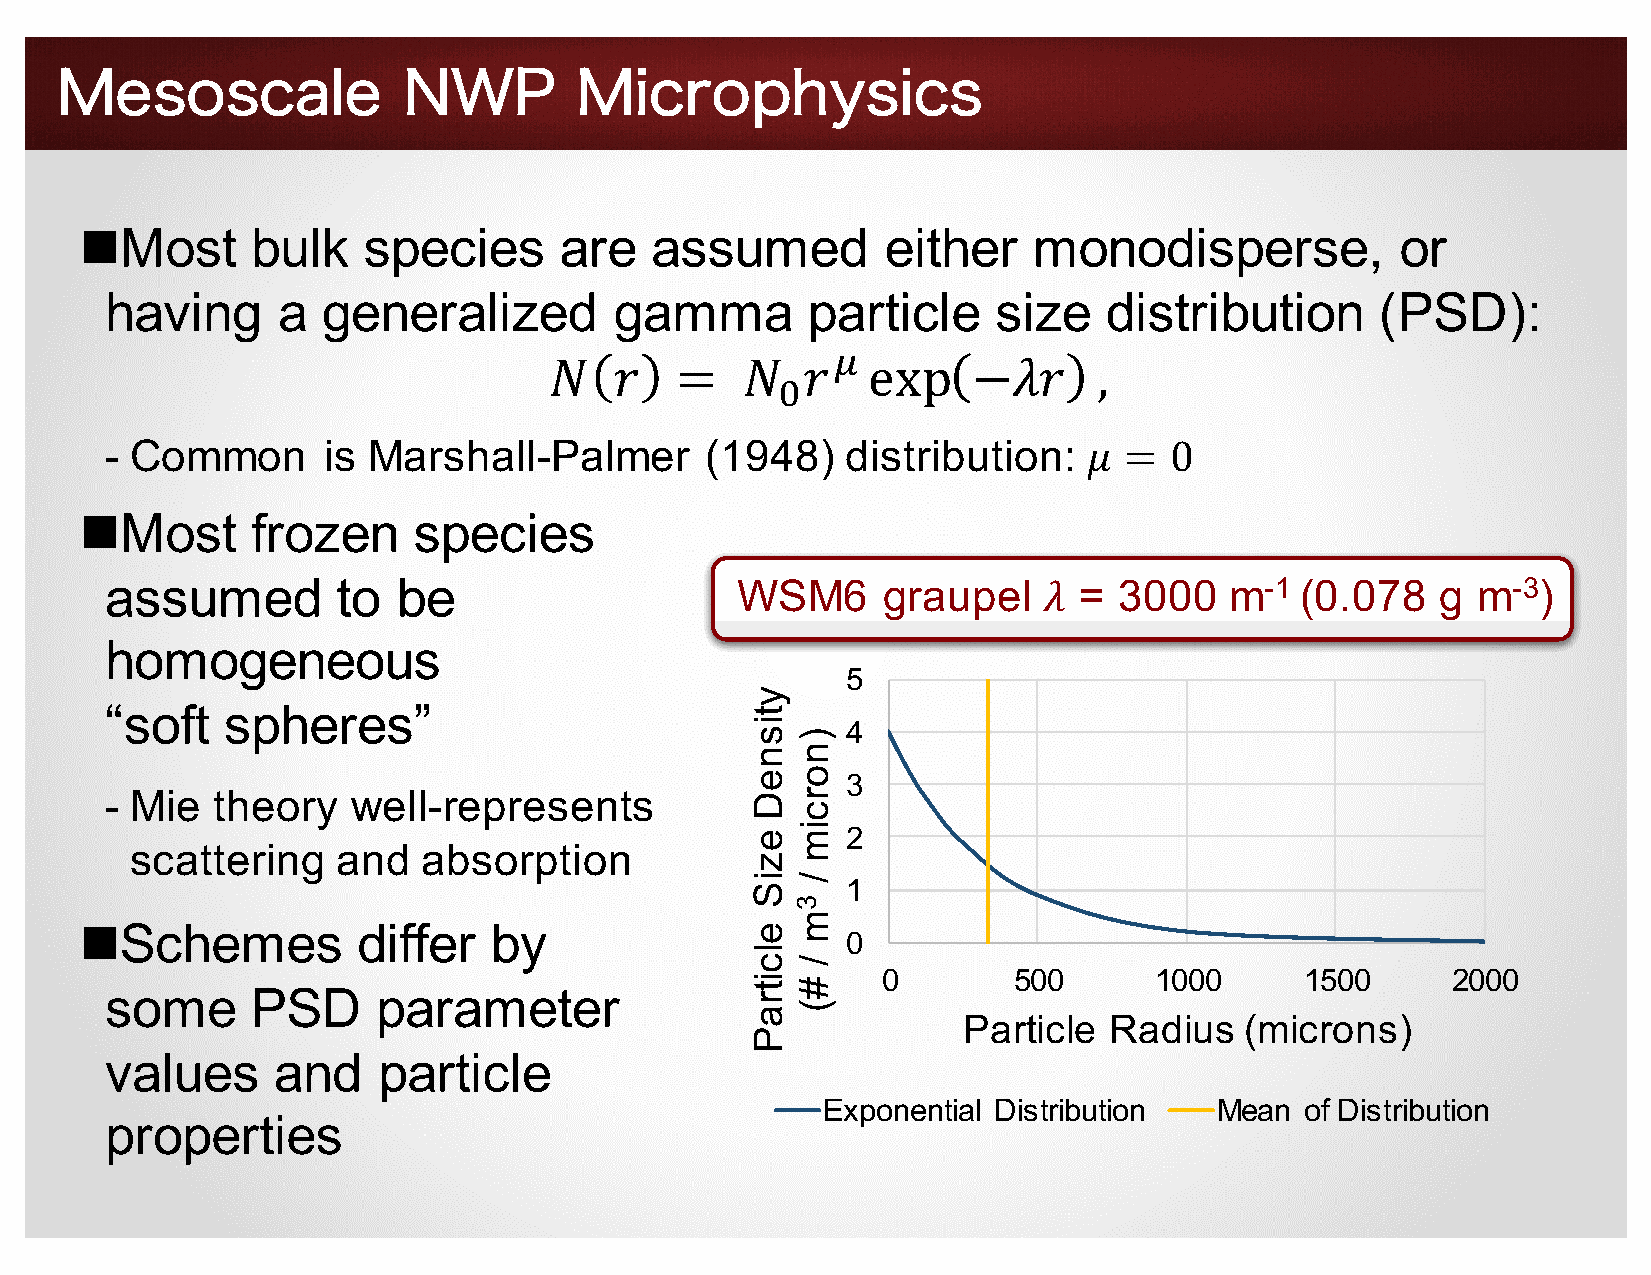
Mesoscale              NWP        Microphysics
 nMost       bulk   species      are   assumed         either   monodisperse,            or
 having     a  generalized         gamma       particle     size   distribution      (PSD):
 :
 𝑁    𝑟   =   𝑁   𝑟   exp    −𝜆𝑟      ,
 9
 - Common      is Marshall-Palmer        (1948)   distribution:   𝜇 =  0
 nMost       frozen    species
 assumed        to  be                     WSM6     graupel    𝜆 =  3000   m-1  (0.078   g  m-3)
 homogeneous
 5
 “soft   spheres”
 4
 3
 - Mie  theory   well-represents
 2
 scattering   and   absorption
 1
 nSchemes           differ  by
 0
 0        500      1000      1500      2000
 some      PSD     parameter
 Particle Radius   (microns)
 values     and    particle
 Exponential Distribution   Mean of Distribution
 properties
 ytisneD
 eziS
 elcitraP
 )norcim
 /
 3m
 /
 #(